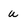
Character: u